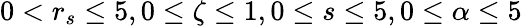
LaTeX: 0<r_{s}\leq 5,0\leq\zeta\leq 1,0\leq s\leq 5,0\leq\alpha\leq 5